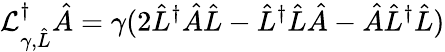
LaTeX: \mathcal{L}_{\gamma,\hat{L}}^{\dagger}\hat{A}=\gamma(2\hat{L}^{\dagger}\hat{A}\hat{L}-\hat{L}^{\dagger}\hat{L}\hat{A}-\hat{A}\hat{L}^{\dagger}\hat{L})